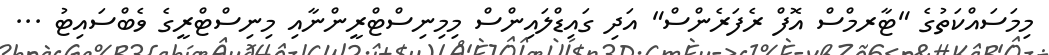
މިމަސައްކަތުގެ "ޓާރމްސް އޮފް ރެފަރެންސް" އަދި ގައިޑްލައިންސް މިމިނިސްޓްރީންނާއި މިނިސްޓްރީގެ ވެބްސައިޓު ...